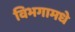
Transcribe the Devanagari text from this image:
विभगामधे